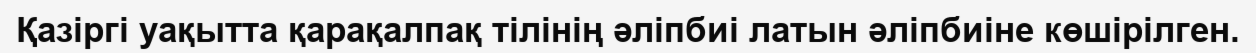
Қазіргі уақытта қарақалпақ тілінің әліпбиі латын әліпбиіне көшірілген.